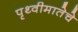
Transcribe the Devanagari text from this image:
पृथ्वीमातेचे